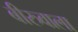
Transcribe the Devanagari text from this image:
बीरुवाला